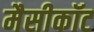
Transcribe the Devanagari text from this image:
मैसीकॉट